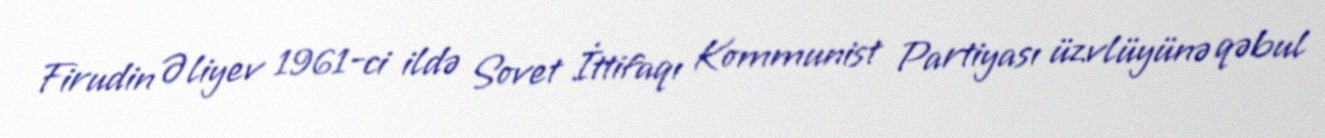
Firudin Əliyev 1961-ci ildə Sovet İttifaqı Kommunist Partiyası üzvlüyünə qəbul